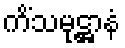
ကိံသမုဋ္ဌာနံ